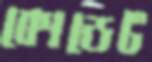
কোডেট